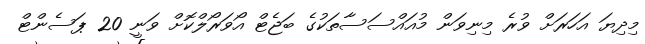
މިދިޔަ އަހަރަށް ވުރެ މިނިވަން މުއައްސަސާތަކުގެ ބަޖެޓް އޯވަރޯލްކޮށް ވަނީ 20 ޕަސެންޓް